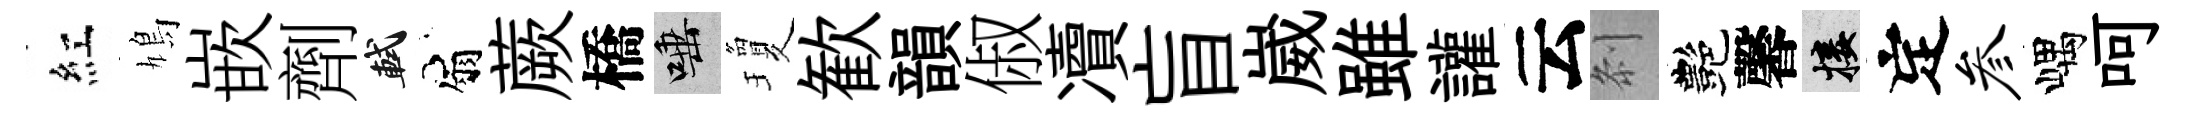
紅鳩嵌劑軾扇蕨橋唾瓊歓韻俶凟盲崴雖讙云𠛴艷馨接定参嵎呵